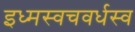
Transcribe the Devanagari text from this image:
इध्मस्वचवर्धस्व